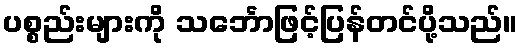
ပစ္စည်းများကို သင်္ဘောဖြင့်ပြန်တင်ပို့သည်။